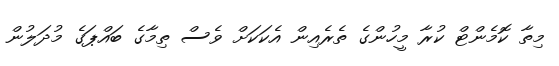
މިތާ ކޮމެންޓް ކުރާ މީހުންގެ ތެރެއިން އެކަކަށް ވެސް ތިމާގެ ބައްޕަގެ މުދަލުން